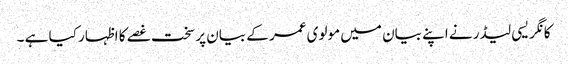
کانگریسی لیڈر نے اپنے بیان میں مولوی عمر کے بیان پر سخت غصے کا اظہار کیا ہے ۔